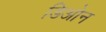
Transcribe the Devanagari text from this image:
डिओन